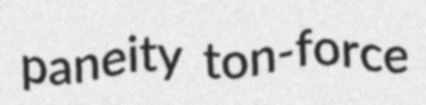
paneity ton-force